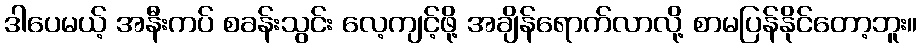
ဒါပေမယ့် အနီးကပ် စခန်းသွင်း လေ့ကျင့်ဖို့ အချိန်ရောက်လာလို့ စာမပြန်နိုင်တော့ဘူး။